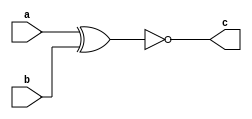
module xnor_gate(a,b,c);
    input a;
    input b;
    output c;
    
    assign c=~(a^b);
endmodule

module xnor_test;
    reg a;
    reg b;
    wire c;
    xnor_gate a1(a,b,c);
    initial begin
    // $dumpfile("check.vcd");
    // $dumpvars(0,xnor_test);
    a=0;b=0;#100;
    a=0;b=1;#100;
    a=1;b=0;#100;
    a=1;b=1;#100;

    end
    
endmodule